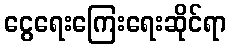
ငွေရေးကြေးရေးဆိုင်ရာ